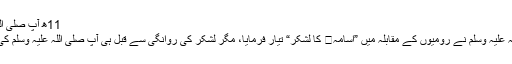
11ھ آپ صلی اللہ علیہ وَسلم کا وِصال
11 ھ میں آپ صلی اللہ علیہ وَسلم نے رُومیوں کے مقابلہ میں ”اُسامہ کا لشکر“ تیار فرمایا، مگر لشکر کی روانگی سے قبل ہی آپ صلی اللہ علیہ وَسلم کی طبیعت ناساز ہوگئی۔